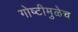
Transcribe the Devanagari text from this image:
गोष्टीमुळेच